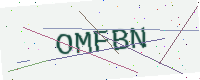
Text: OMFBN